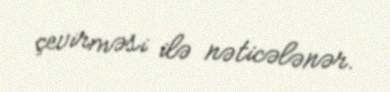
çevirməsi ilə nəticələnər.